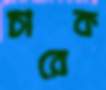
চারেক